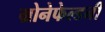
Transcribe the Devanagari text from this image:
ग्रोनेफेल्डनी